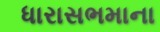
ધારાસભમાના